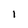
Character: l